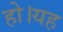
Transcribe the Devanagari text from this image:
हो।यह